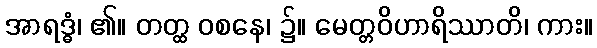
အာရဒ္ဓံ၊ ၏။ တတ္ထ ဝစနေ၊ ၌။ မေတ္တဝိဟာရိဿာတိ၊ ကား။